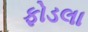
ફોડલા